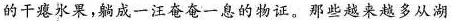
的干瘪水果，躺成一汪奄奄一息的物证。那些越来越多从湖